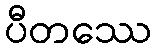
ပီတဿေ